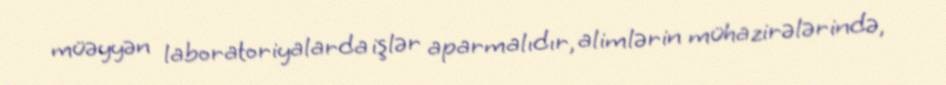
müəyyən laboratoriyalarda işlər aparmalıdır, alimlərin mühazirələrində,